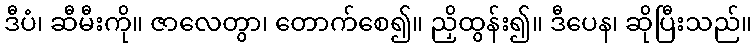
ဒီပံ၊ ဆီမီးကို။ ဇာလေတွာ၊ တောက်စေ၍။ ညှိထွန်း၍။ ဒီပေန၊ ဆိုပြီးသည်။